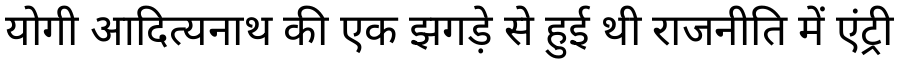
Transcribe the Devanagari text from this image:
योगी आदित्यनाथ की एक झगड़े से हुई थी राजनीति में एंट्री